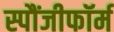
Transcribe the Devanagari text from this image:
स्पौंजीफॉर्म